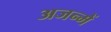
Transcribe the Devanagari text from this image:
अजन्में